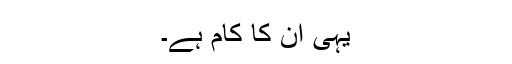
یہی ان کا کام ہے۔